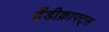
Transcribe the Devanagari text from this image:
हँडीक्राफ्ट्स